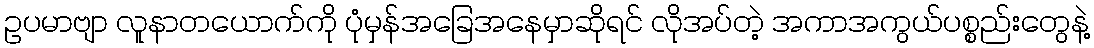
ဥပမာဗျာ လူနာတယောက်ကို ပုံမှန်အခြေအနေမှာဆိုရင် လိုအပ်တဲ့ အကာအကွယ်ပစ္စည်းတွေနဲ့